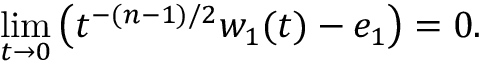
\operatorname * { l i m } _ { t \rightarrow 0 } \left( t ^ { - ( n - 1 ) / 2 } w _ { 1 } ( t ) - e _ { 1 } \right) = 0 .